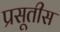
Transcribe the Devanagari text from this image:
प्रसूतीस